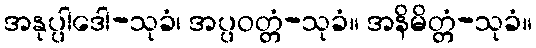
အနုပ္ပါဒေါ-သုခံ၊ အပ္ပဝတ္တံ-သုခံ။ အနိမိတ္တံ-သုခံ။